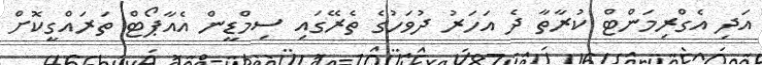
އަދި އެގްރިމަންޓް ކުރާތާ ދެ އަހަރު ދުވަހުގެ ތެރޭގައި ސިމްޑީން އެއާޕޯޓް ތަރައްގީކޮށް